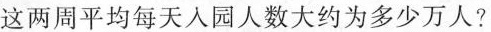
这两周平均每天人园人数大约为多少万人?